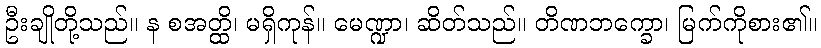
ဦးချိုတို့သည်။ န စအတ္ထိ၊ မရှိကုန်။ မေဏ္ဍာ၊ ဆိတ်သည်။ တိဏဘက္ခော၊ မြက်ကိုစား၏။